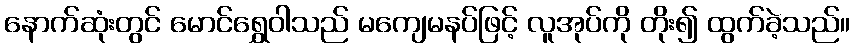
နောက်ဆုံးတွင် မောင်ရွှေဝါသည် မကျေမနပ်ဖြင့် လူအုပ်ကို တိုး၍ ထွက်ခဲ့သည်။